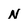
Character: N